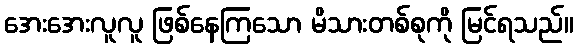
အေးအေးလူလူ ဖြစ်နေကြသော မိသားတစ်စုကို မြင်ရသည်။